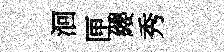
洄匣纓秀